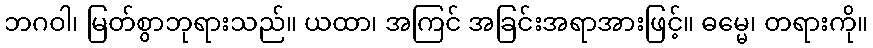
ဘဂဝါ၊ မြတ်စွာဘုရားသည်။ ယထာ၊ အကြင် အခြင်းအရာအားဖြင့်။ ဓမ္မေ၊ တရားကို။